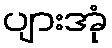
ပျားအုံ